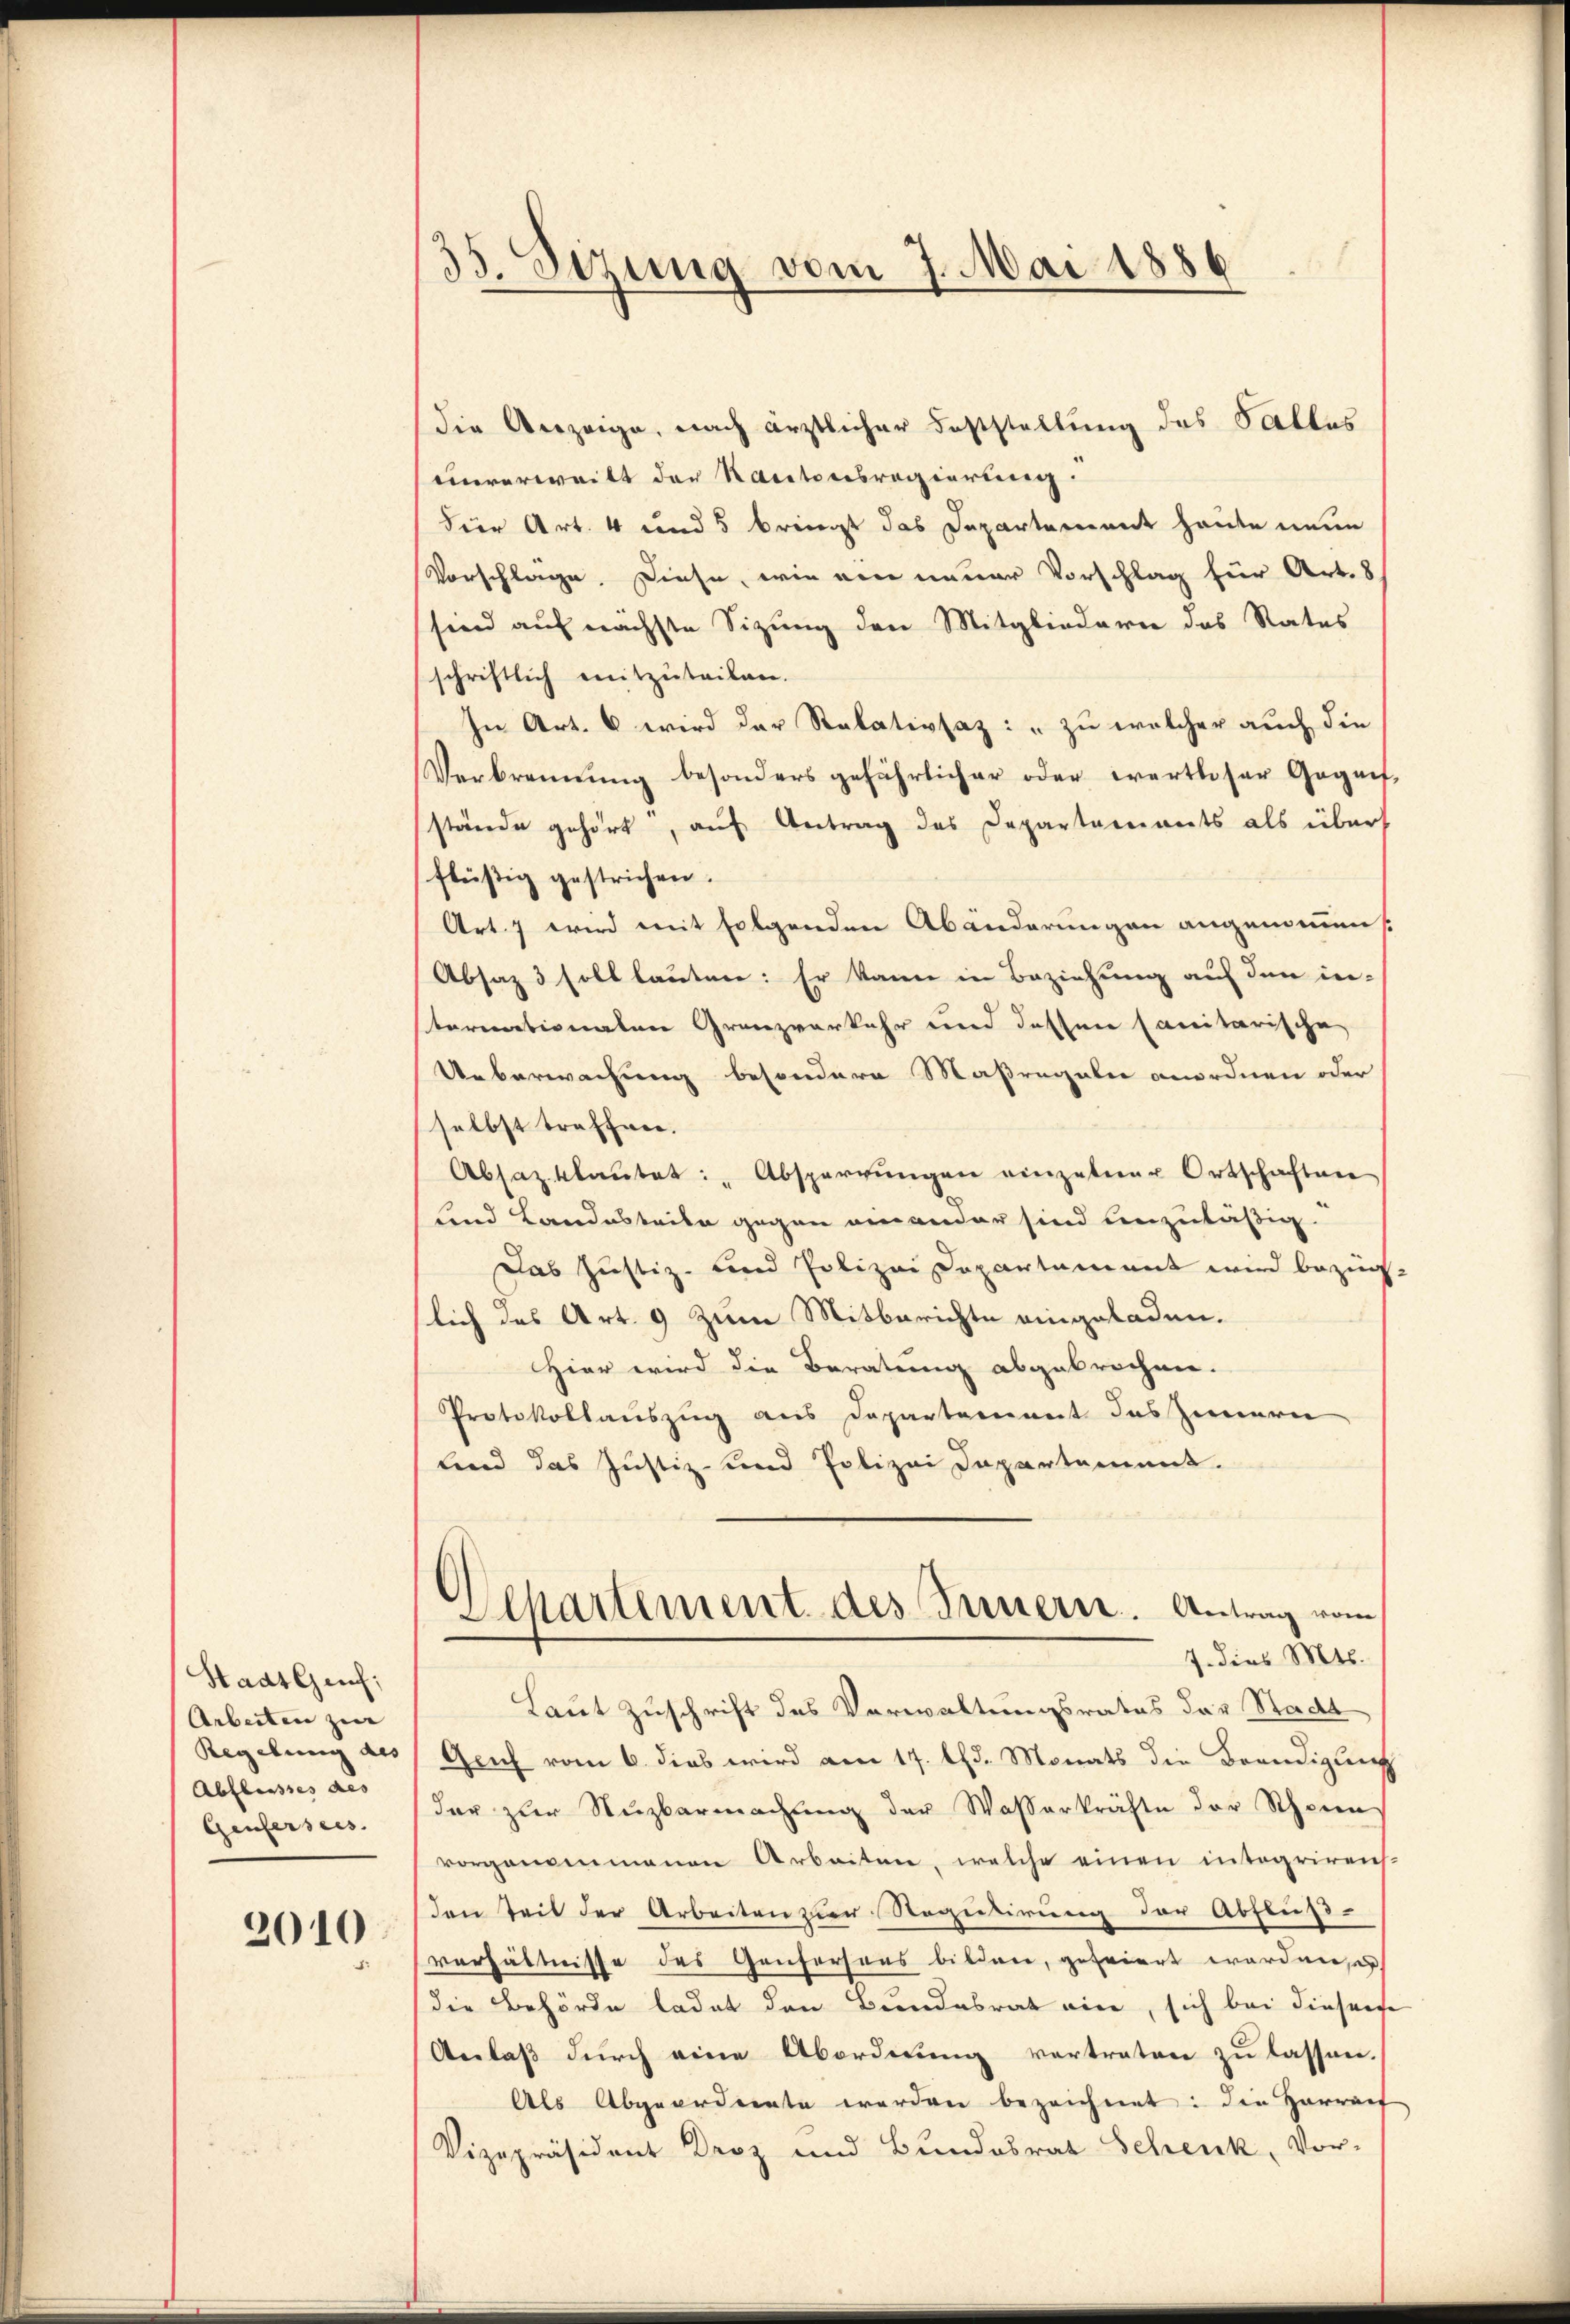
Stadt Genf;
Arbeiten zur
Regelung des
Abflusses des
Genfersees.

2010

35. Sezung vom 7. Mai 1886
.

die Anzeige, nach ärztlicher Feststellung des Pallas
einverweilt der Racitonsregierung
dier Art. 4 und 5 bringt das Departement heute neue
Vorschlage. Diese, wie ein neuer Vorschlag für Art. 8
sind auf nächste Sizung den Mitgliedern das Rates
schriftlich mitzuteilen.
In Art. 6 wird der Relativsaz: " zu welcher auch die
Verbrennung besonders gefährlicher oder wertloser Gegen-
stände gehört, auf Antrag des Departaments als übers
flüßig gestrichen.
Art. 7 wird mit folgenden Abänderungen angemeins
Absaz 3 soll lauten: Er kann in Beziehung auf den in-
tornationalen Granzverkehr und dessen sanitarische
Ueberwachung besondere Maßregeln anordnen oder
selbst treffen.
Absazklaŭtet: "Absperrŭngen einzelner Ortschaften
Lind Landesteile gegen einander sind einzuläßig.
Das Justiz- und Polizeidepartament wird bezug
lich des Art. 9 zum Mitberichte eingeladen.
Hier wird die Beratung abgebrochen.
Protokollauszug aus Departement des Zimmern
lind das Justiz- und Polizei Departement.
Separtement des Innern. Antrag vom
7. dies Mts.
Laut Zuschrift des Verwaltungsrates der Stadt
Geich vom 6. dies wird am 17. Chr. Monats die Beendigung
der zur Nuzbarmachŭng der Wasserkräfte der Schwein
vorgangenmanen Arbeiten, welche einen integriren-
den Teil der Arbeiten zur Regulirung der Abfluß-
verhältnisse des Genfersens bildern, gefeiert worden, u
die Behörde ladet den Bundesrat eine, sich bei diesene
Anlaß durch eine Abordnung vertraten zu lassen.
Als Abgeordente werden bezeichnet: die Herreif
Vizepräsident Droz und Bundesrat Schenk, Vor-